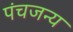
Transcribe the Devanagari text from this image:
पंचजन्य